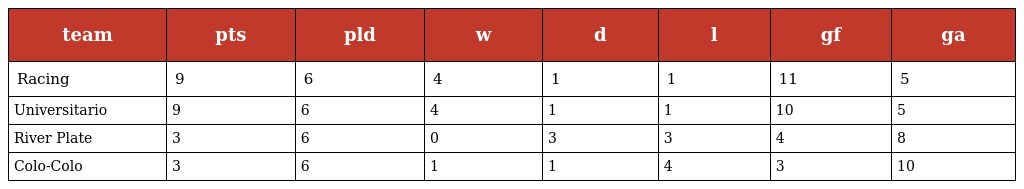
| team | pts | pld | w | d | l | gf | ga |
 | --- | --- | --- | --- | --- | --- | --- | --- |
 | Racing | 9 | 6 | 4 | 1 | 1 | 11 | 5 |
 | Universitario | 9 | 6 | 4 | 1 | 1 | 10 | 5 |
 | River Plate | 3 | 6 | 0 | 3 | 3 | 4 | 8 |
 | Colo-Colo | 3 | 6 | 1 | 1 | 4 | 3 | 10 |